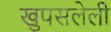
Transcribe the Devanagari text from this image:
खुपसलेली